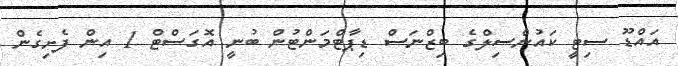
އައްޑޫ ސިޓީ ކައުންސިލްގެ ބިޒްނަސް ޑިޕާޓްމަންޓުން ބުނީ އޮގަސްޓް 1 އިން ފެށިގެން